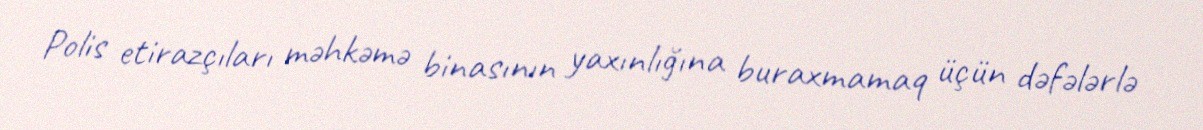
Polis etirazçıları məhkəmə binasının yaxınlığına buraxmamaq üçün dəfələrlə